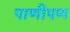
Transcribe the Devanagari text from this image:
पाणीपण